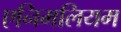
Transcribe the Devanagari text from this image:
एनिमलियम